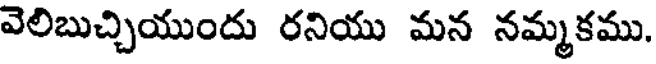
వెలిబుచ్చియుందు రనియు మన నమ్మకము.